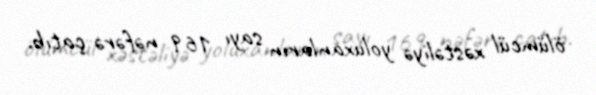
ölümcül xəstəliyə yoluxanların sayı 169 nəfərə çatıb.